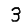
Digit: 3